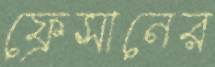
ফ্রেসানের